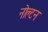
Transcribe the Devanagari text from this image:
नोल्टन